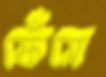
ফেঁসে